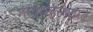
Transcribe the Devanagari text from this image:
गंगामहलघाट